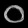
Digit: ၀